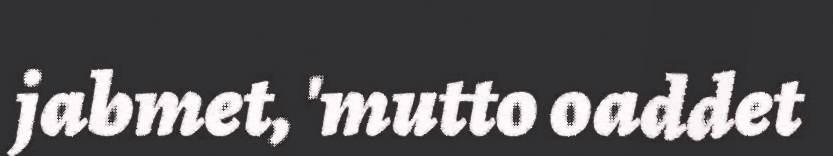
jabmet, 'mutto oaddet